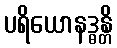
ပရိယောနဒ္ဓန္တိ